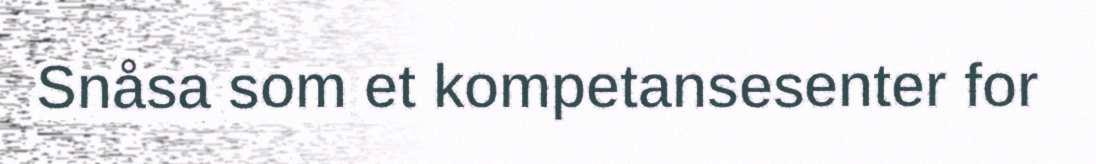
Snåsa som et kompetansesenter for